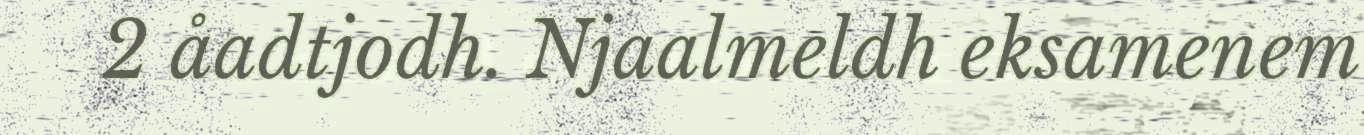
2 åadtjodh. Njaalmeldh eksamenem